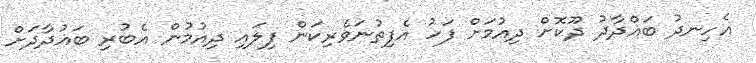
އެހިނދު ބަޣްދާދު ދޫކޮށް ދިއުމަށް ފަހު އެފިތުނަވެރިކަން ފިލައި ދިއުމުން އެބުރި ބަޣުދާދަށް